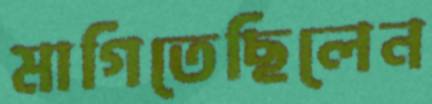
মাগিতেছিলেন